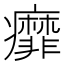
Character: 𬏿